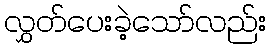
လွှတ်ပေးခဲ့သော်လည်း